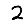
Digit: 2